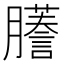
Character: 𫆾